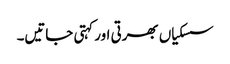
سسکیاں بھرتی اور کہتی جاتیں۔